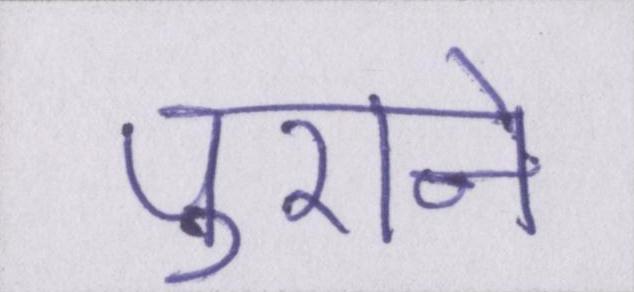
पुराने